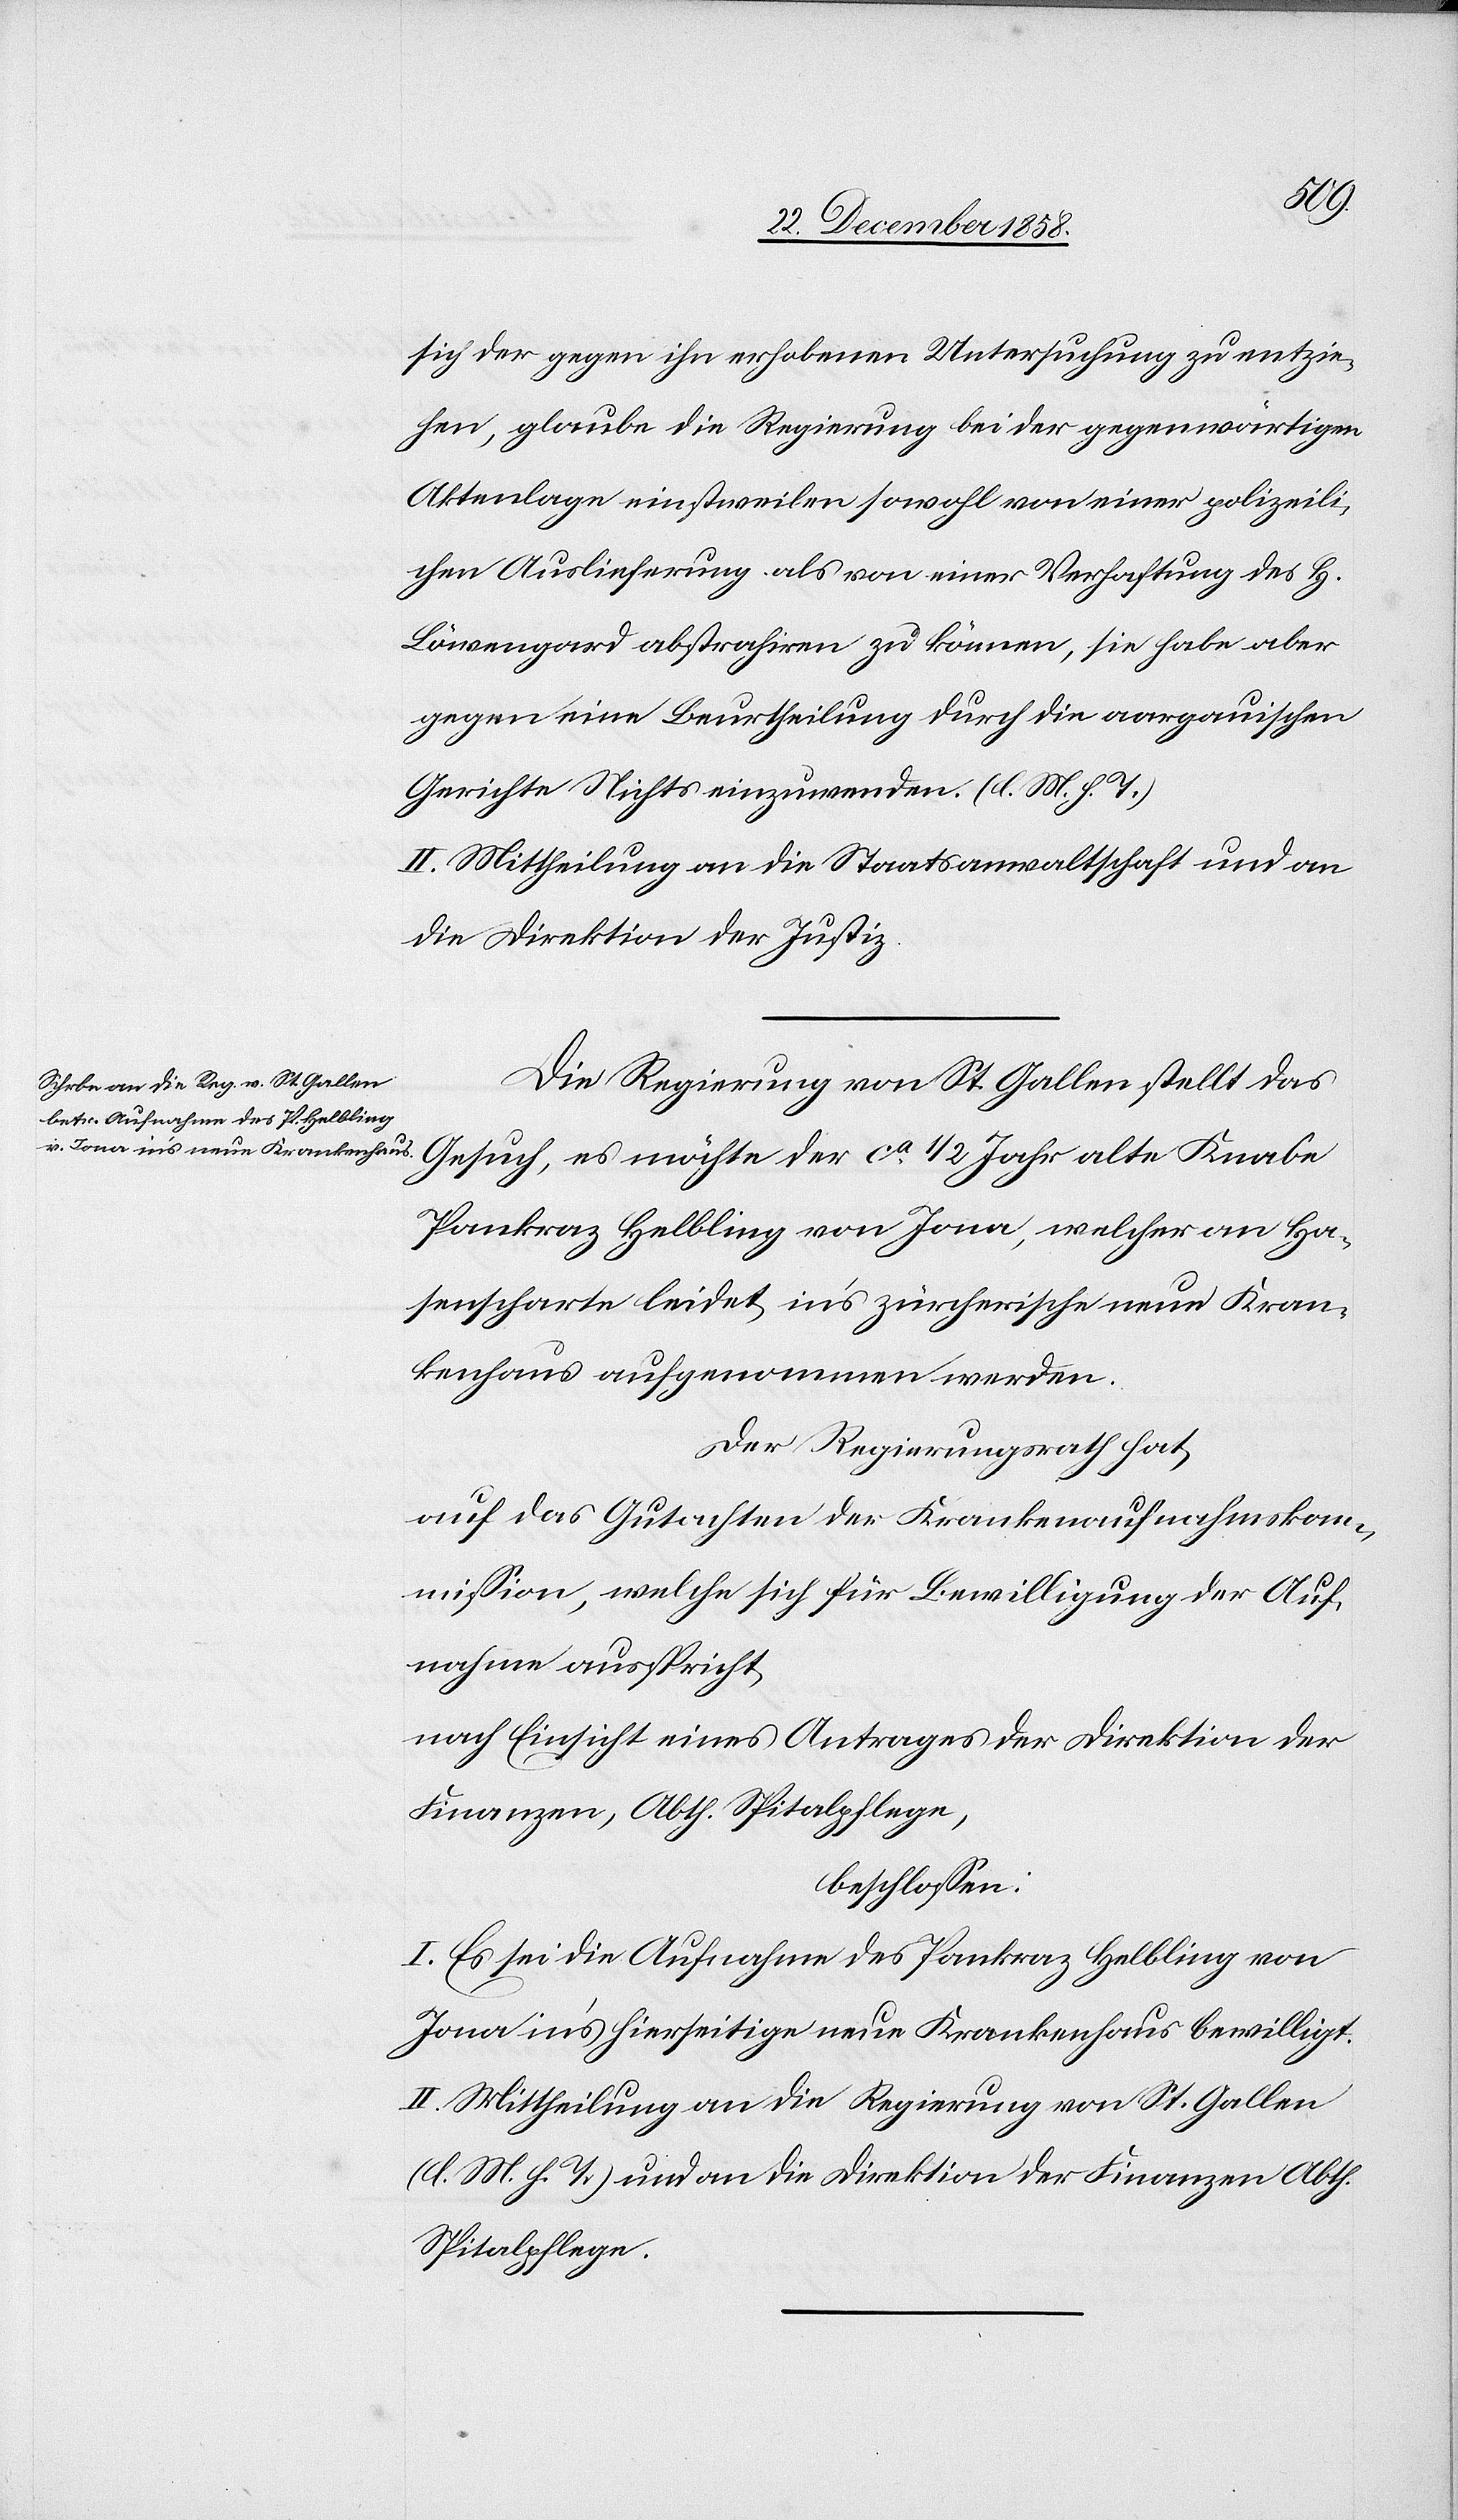
alte
sich der gegen ihn erhobenen Untersuchung zu entzie¬
hen, glaube die Regierung bei der gegenwärtigen
Aktenlage einstweilen sowohl von einer polizeili¬
chen Auslieferung als von einer Verhaftung des H.
Löwengard abstrahiren zu können, sie habe aber
gegen eine Beurtheilung durch die aargauischen
Gerichte Nichts einzuwenden. (l. M. h. T.)
II. Mittheilung an die Staatsanwaltschaft und an
die Direktion der Justiz.
Die Regierung von St. Gallen stellt das
Pankraz Helbling von Jona, welcher an Ha¬
senscharte leidet, in’s zürcherische neue Kran¬
kenhaus aufgenommen werden.
Der Regierungsrath hat,
auf das Gutachten der Krankenaufnahmskom¬
mission, welche sich für Bewilligung der Auf¬
nahme ausspricht,
nach Einsicht eines Antrages der Direktion der
Finanzen, Abth. Spitalpflege,
beschlossen:
I. Es sei die Aufnahme des Pankraz Helbling von
Jona in’s hierseitige neue Krankenhaus bewilligt.
II. Mittheilung an die Regierung von St. Gallen
(l. M. h. T.) und an die Direktion der Finanzen Abth.
Spitalpflege.